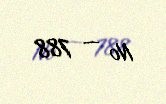
№ — 788